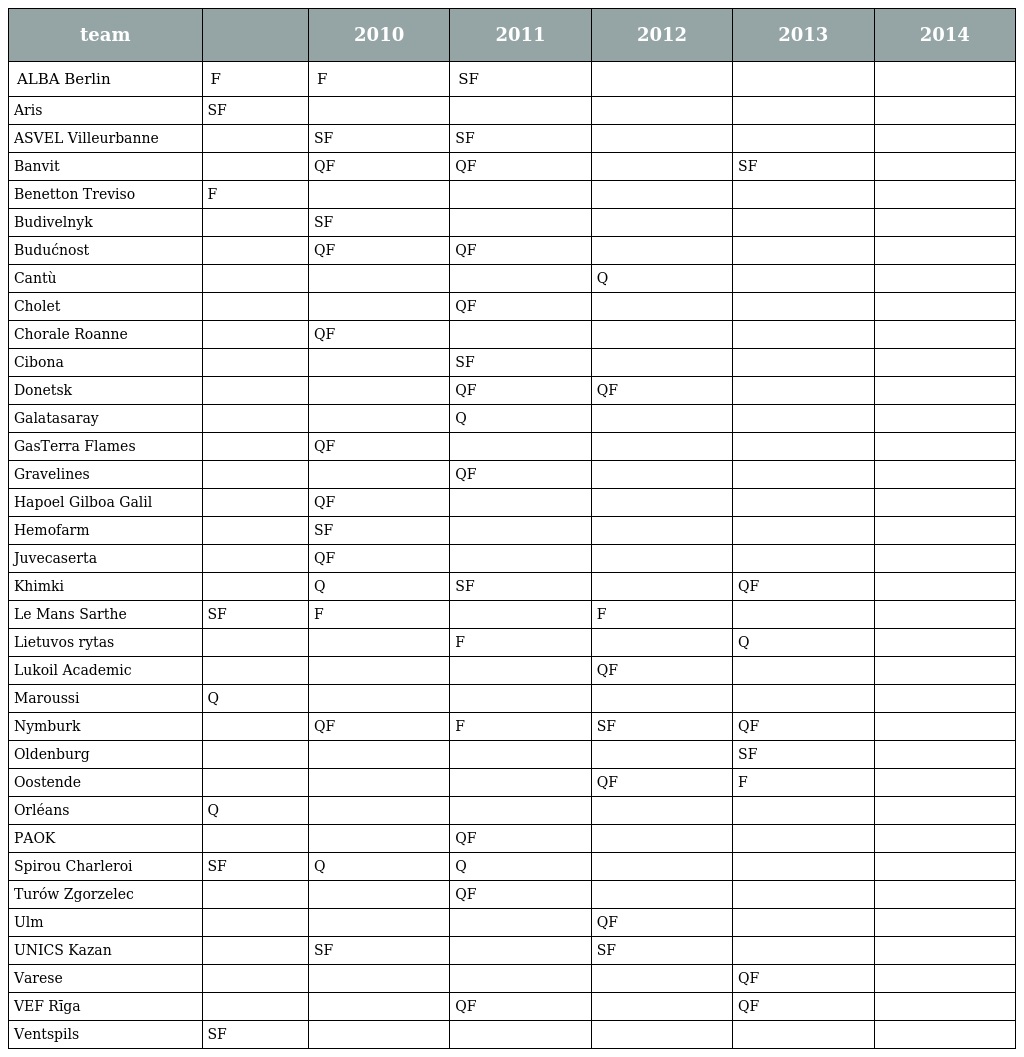
| team |  | 2010 | 2011 | 2012 | 2013 | 2014 |
 | --- | --- | --- | --- | --- | --- | --- |
 | ALBA Berlin | F | F | SF |  |  |  |
 | Aris | SF |  |  |  |  |  |
 | ASVEL Villeurbanne |  | SF | SF |  |  |  |
 | Banvit |  | QF | QF |  | SF |  |
 | Benetton Treviso | F |  |  |  |  |  |
 | Budivelnyk |  | SF |  |  |  |  |
 | Budućnost |  | QF | QF |  |  |  |
 | Cantù |  |  |  | Q |  |  |
 | Cholet |  |  | QF |  |  |  |
 | Chorale Roanne |  | QF |  |  |  |  |
 | Cibona |  |  | SF |  |  |  |
 | Donetsk |  |  | QF | QF |  |  |
 | Galatasaray |  |  | Q |  |  |  |
 | GasTerra Flames |  | QF |  |  |  |  |
 | Gravelines |  |  | QF |  |  |  |
 | Hapoel Gilboa Galil |  | QF |  |  |  |  |
 | Hemofarm |  | SF |  |  |  |  |
 | Juvecaserta |  | QF |  |  |  |  |
 | Khimki |  | Q | SF |  | QF |  |
 | Le Mans Sarthe | SF | F |  | F |  |  |
 | Lietuvos rytas |  |  | F |  | Q |  |
 | Lukoil Academic |  |  |  | QF |  |  |
 | Maroussi | Q |  |  |  |  |  |
 | Nymburk |  | QF | F | SF | QF |  |
 | Oldenburg |  |  |  |  | SF |  |
 | Oostende |  |  |  | QF | F |  |
 | Orléans | Q |  |  |  |  |  |
 | PAOK |  |  | QF |  |  |  |
 | Spirou Charleroi | SF | Q | Q |  |  |  |
 | Turów Zgorzelec |  |  | QF |  |  |  |
 | Ulm |  |  |  | QF |  |  |
 | UNICS Kazan |  | SF |  | SF |  |  |
 | Varese |  |  |  |  | QF |  |
 | VEF Rīga |  |  | QF |  | QF |  |
 | Ventspils | SF |  |  |  |  |  |